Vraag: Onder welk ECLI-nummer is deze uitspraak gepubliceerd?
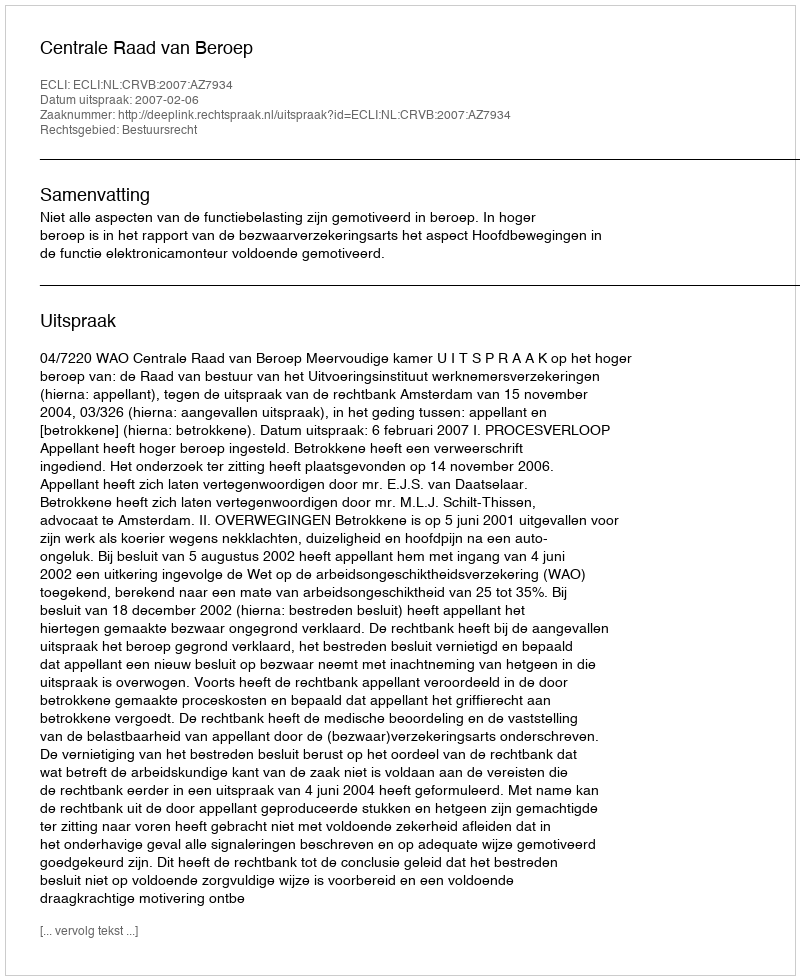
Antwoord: ECLI:NL:CRVB:2007:AZ7934